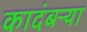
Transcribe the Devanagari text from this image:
कादंबऱ्‍या